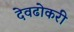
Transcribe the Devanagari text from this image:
देवढोकरी